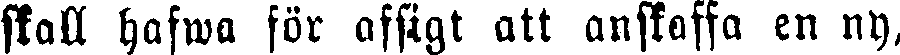
skall hafwa för afsigt att anskaffa en ny,